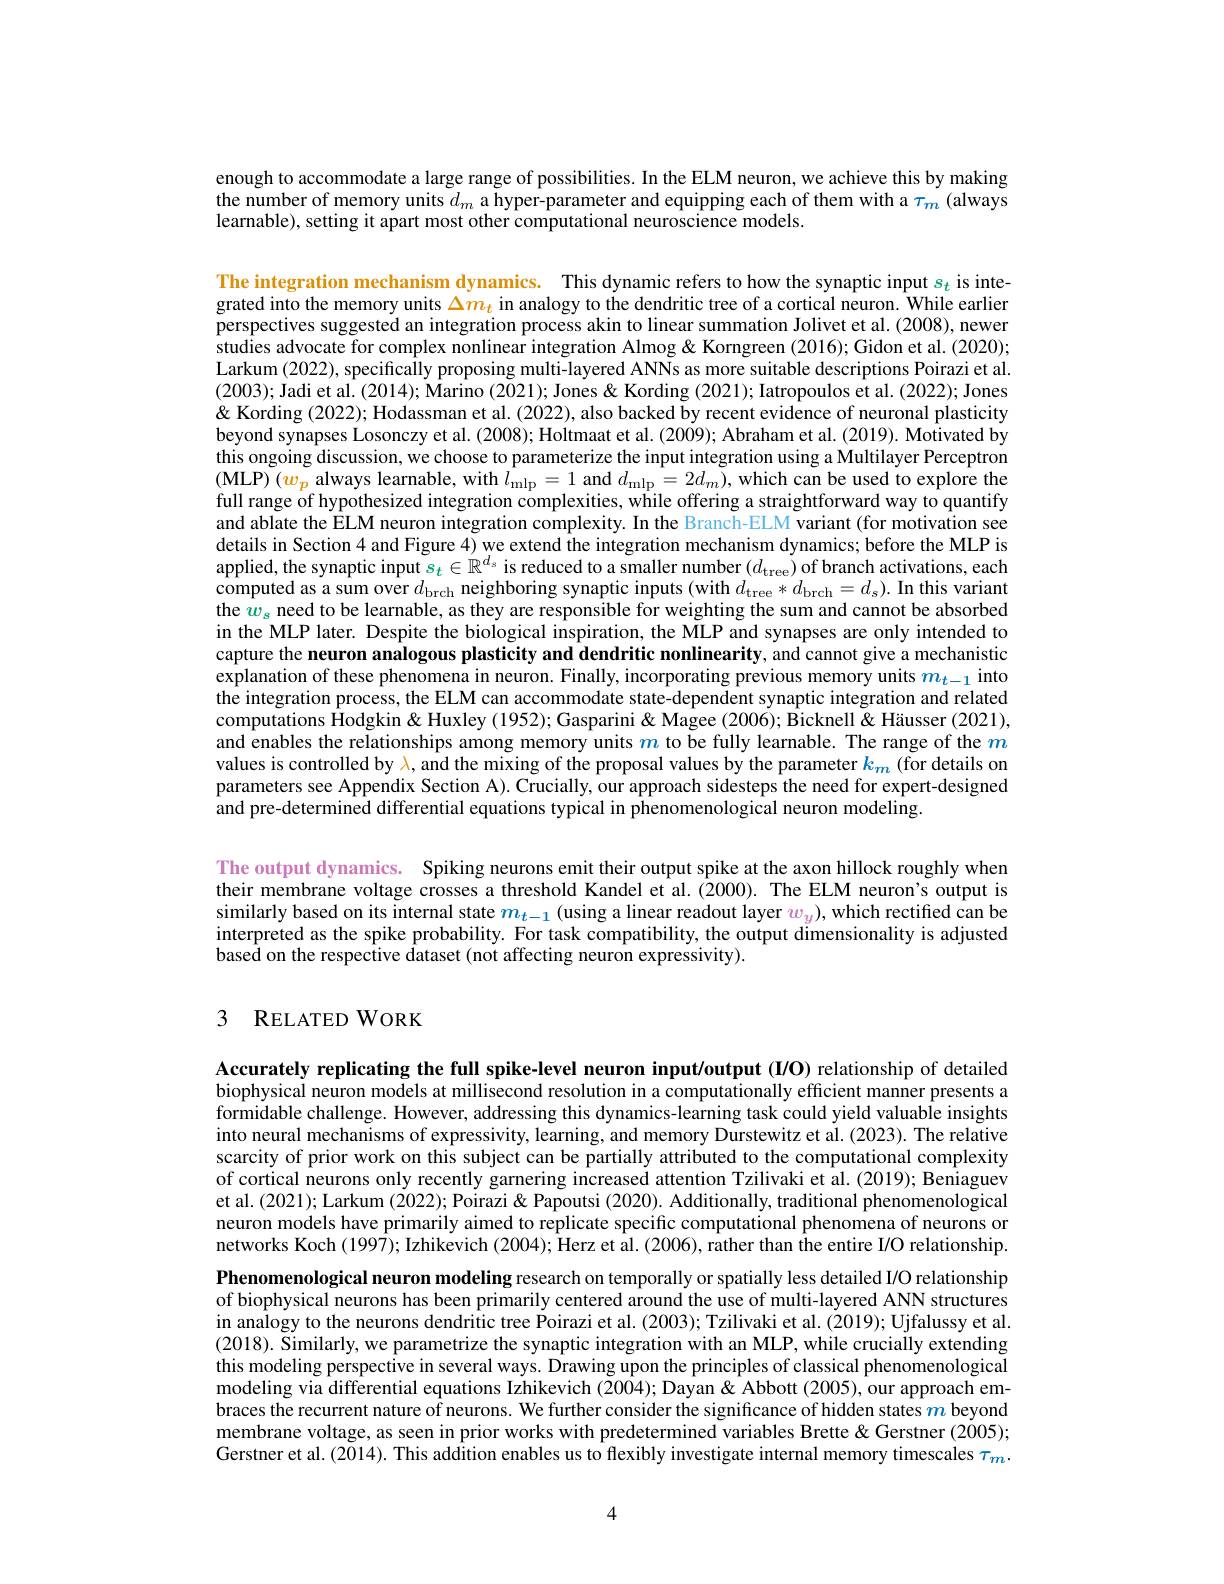
enough to accommodate a large range of possibilities. In the ELM neuron, we achieve this by making the number of memory units $d_m$ a hyper-parameter and equipping each of them with a $\tau_m$ (always learnable), setting it apart most other computational neuroscience models.

The integration mechanism dynamics. This dynamic refers to how the synaptic input $s_t$ is integrated into the memory units $\Delta m_t$ in analogy to the dendritic tree of a cortical neuron. While earlier perspectives suggested an integration process akin to linear summation Jolivet et al. (2008), newer studies advocate for complex nonlinear integration Almog & Korngreen (2016); Gidon et al. (2020); Larkum (2022), specifically proposing multi-layered ANNs as more suitable descriptions Poirazi et al. (2003); Jadi et al. (2014); Marino (2021); Jones & Kording (2021); Iatropoulos et al. (2022); Jones & Kording (2022); Hodassman et al. (2022), also backed by recent evidence of neuronal plasticity beyond synapses Losonczy et al. (2008); Holtmaat et al. (2009); Abraham et al. (2019). Motivated by this ongoing discussion, we choose to parameterize the input integration using a Multilayer Perceptron ( MLP) $\left ( w_{p}\text{ always learnable, with }l_{\mathrm{mlp}}= 1\mathrm{~and~}d_{\mathrm{mlp}}= 2d_{m}\right ) $, which can be used to explore the ( MLP) $\left ( w_{p}\text{ always learnable, with }l_{\mathrm{mlp}}= 1\mathrm{~and~}d_{\mathrm{mlp}}= 2d_{m}\right ) $, which can be us ed to explore the full range of hypothesized integration complexities, while offering a straightforward way to quantify and ablate the ELM neuron integration complexity. In the Branch-ELM variant (for motivation see details in Section 4 and Figure 4) we extend the integration mechanism dynamics; before the MLP is applied, the synaptic input $s_t\in\mathbb{R}^{d_s}$ is reduced to a smaller number $(d_\mathrm{tree})$ of branch activations, each computed as a sum over $d_\mathrm{brch}$ neighboring synaptic inputs (with $d_\mathrm{tree}*d_\mathrm{brch}=d_\mathrm{s}).$ In this variant the $w_s$ need to be learnable, as they are responsible for weighting the sum and cannot be absorbed in the MLP later. Despite the biological inspiration, the MLP and synapses are only intended to capture the neuron analogous plasticity and dendritic nonlinearity, and cannot give a mechanistic explanation of these phenomena in neuron. Finally, incorporating previous memory units $m_{t-1}$ into the integration process, the ELM can accommodate state-dependent synaptic integration and related computations Hodgkin& Huxley (1952); Gasparini& Magee (2006); Bicknell& Häusser (2021), and enables the relationships among memory units $m$ to be fully learnable. The range of the $m$ values is controlled by $\lambda$, and the mixing of the proposal values by the parameter $k_m$ (for details on parameters see Appendix Section A). Crucially, our approach sidesteps the need for expert-designed and pre-determined differential equations typical in phenomenological neuron modeling.

The output dynamics. Spiking neurons emit their output spike at the axon hillock roughly when their membrane voltage crosses a threshold Kandel et al.(2000). The ELM neuron's output is similarly based on its internal state $m_t-1$ (using a linear readout layer $w_y)$, which rectified can be interpreted as the spike probability. For task compatibility, the output dimensionality is adjusted based on the respective dataset (not affecting neuron expressivity).

## 3 RELATED WORK

Accurately replicating the full spike-level neuron input/output (I/O) relationship of detailed biophysical neuron models at millisecond resolution in a computationally efficient manner presents a formidable challenge. However, addressing this dynamics-learning task could yield valuable insights into neural mechanisms of expressivity, learning, and memory Durstewitz et al. (2023). The relative scarcity of prior work on this subject can be partially attributed to the computational complexity of cortical neurons only recently garnering increased attention Tzilivaki et al. (2019); Beniaguev et al. (2021); Larkum (2022); Poirazi & Papoutsi (2020). Additionally, traditional phenomenological neuron models have primarily aimed to replicate specific computational phenomena of neurons or networks Koch (1997); Izhikevich (2004); Herz et al. (2006), rather than the entire I/O relationship.

Phenomenological neuron modeling research on temporally or spatially less detailed I/O relationship of biophysical neurons has been primarily centered around the use of multi-layered ANN structures in analogy to the neurons dendritic tree Poirazi et al. (2003); Tzilivaki et al. (2019); Ujfalussy et al. (2018). Similarly, we parametrize the synaptic integration with an MLP, while crucially extending this modeling perspective in several ways. Drawing upon the principles of classical phenomenological modeling via differential equations Izhikevich (2004); Dayan & Abbott (2005), our approach embraces the recurrent nature of neurons. We further consider the significance of hidden states $m$ beyond membrane voltage, as seen in prior works with predetermined variables Brette & Gerstner (2005); Gerstner et al. (2014). This addition enables us to flexibly investigate internal memory timescales $\tau_m.$

4